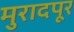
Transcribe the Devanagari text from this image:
मुरादपूर